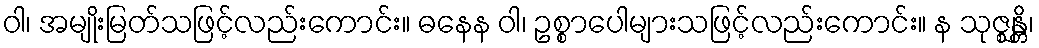
ဝါ၊ အမျိုးမြတ်သဖြင့်လည်းကောင်း။ ဓနေန ဝါ၊ ဥစ္စာပေါများသဖြင့်လည်းကောင်း။ န သုဇ္ဈန္တိ၊